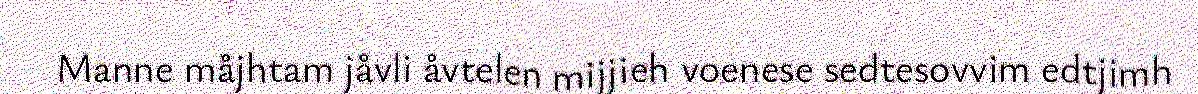
Manne måjhtam jåvli åvtelen mijjieh voenese sedtesovvim edtjimh